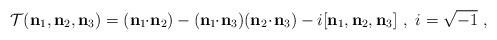
LaTeX: \begin{align*}\mathcal{T}(\mathbf{n}_{1},\mathbf{n}_{2},\mathbf{n}_{3})=(\mathbf{n}_{1}\!\!\cdot\!\mathbf{n}_{2})-(\mathbf{n}_{1}\!\!\cdot\!\mathbf{n}_{3})(\mathbf{n}_{2}\!\cdot\!\mathbf{n}_{3})-i[\mathbf{n}_{1},\mathbf{n}_{2},\mathbf{n}_{3}] \ , \ i=\sqrt{-1} \ , \end{align*}